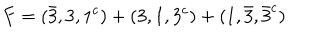
LaTeX: F = ( \bar { 3 } , 3 , 1 ^ { c } ) + ( 3 , 1 , 3 ^ { c } ) + ( 1 , \bar { 3 } , \bar { 3 } ^ { c } )